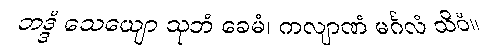
ဘဒ္ဒံ သေယျော သုဘံ ခေမံ၊ ကလျာဏံ မင်္ဂလံ သိဝံ။